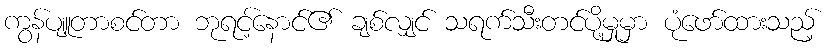
ကွန်ပျူတာစင်တာ ဘုရင့်နောင်၏ ချစ်လျှင် သရက်သီးတင်ပို့မှုမှာ ပုံဖော်ထားသည့်